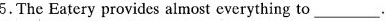
5.The Eatery provides almost everything to-_.